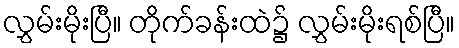
လွှမ်းမိုးပြီ။ တိုက်ခန်းထဲ၌ လွှမ်းမိုးရစ်ပြီ။